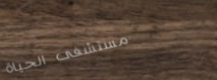
مستشفى الحياة